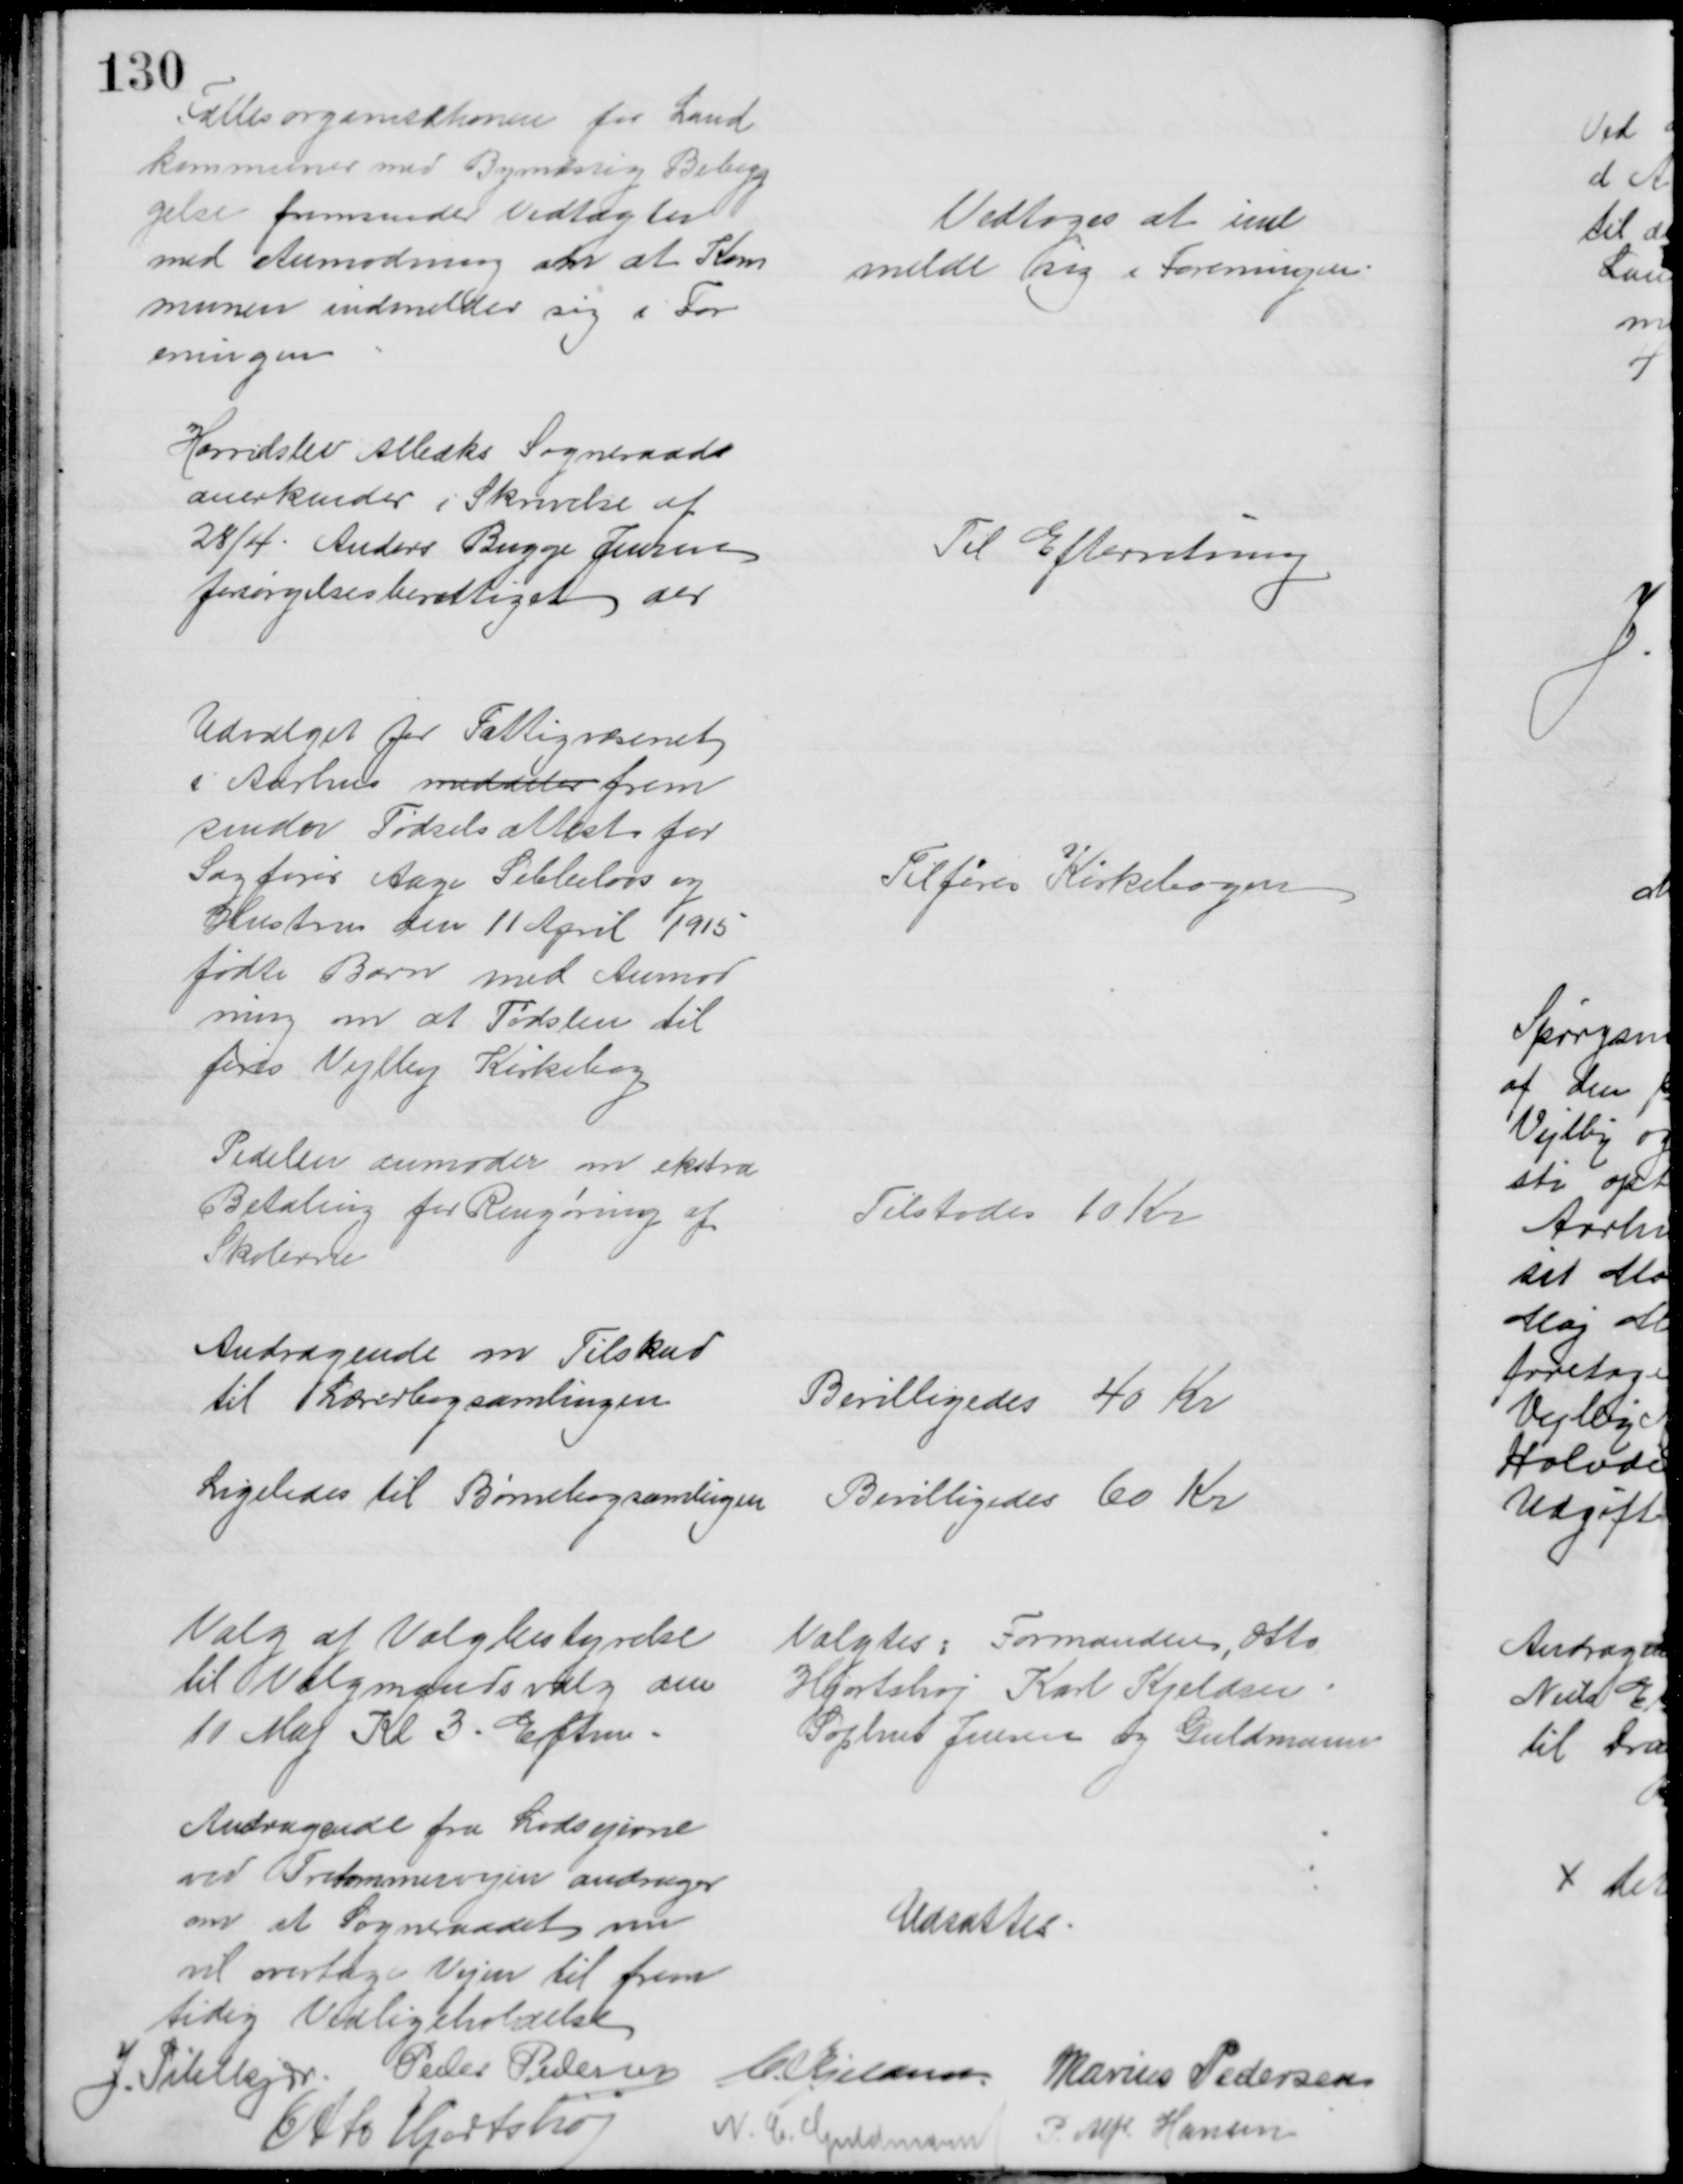
Transskription:
Fællesorganisationen for Land
kommuner med Bymæssig Bebyg
gelse fremsender Vedtægter
med Anmodning om at Kom
munen indmelder sig i For
eningen
Vedtoges at ind
melde sig i Foreningen
Harridslev Albæks Sogneraad
anerkender i Skrivelse af
28/4. Anders Bugge Jensen
forsørgelsesberettiget der
Til Efterretning
Udvalget for Fattigvæsenet
i Aarhus meddeler frem
sender Fødselsattest for
Sagfører Aage Sebbelovs og
Hustrus den 11 April 1915
fødte Barn med Anmod
ning om at Fødslen til
føres Vejlby Kirkebog
Tilføres Kirkebogen
Pedelen anmoder om ekstra
Betaling for Rengøring af
Skolerne
Tilstodes 10 Kr
Andragende om Tilskud
til Lærerbogsamlingen
Bevilligedes 40 Kr
Ligeledes til Børnebogsamlingen
Bevilligedes 60 Kr
Valg af Valgbestyrelse
til Valgmandsvalg den
11 Maj Kl 3. Efterm
Valgtes: Formanden, Otto 
Hjortshøj Karl Kjeldsen
Sophus Jensen og Guldmann
Andragende fra Lodsejerne
ved Tretommervejen andrager
om at Sogneraadet nu
vil overtage Vejen til frem
tidig Vedligeholdelse
Udsattes
J. Pihlkjær Peder Pedersen
C. Kjeldsen
Marius Pedersen
Otto Hjortshøj
N. C. Guldmann
P. Alfr. Hansen